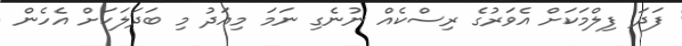
ފަދަ ފިލްމަކަށް އެވަރުގެ ރިސްކެއް ނުނެގި ނަމަ މިއަދު މި ބަދަލަކަށް އެހެން